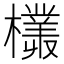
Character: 𣞞